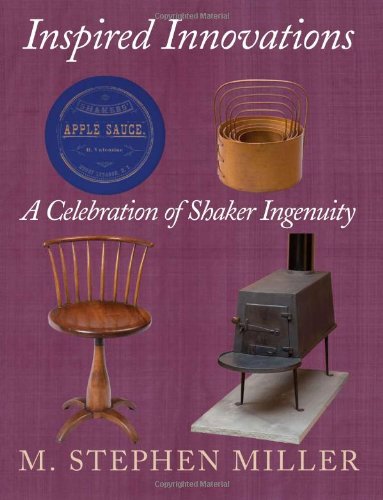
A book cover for Inspired Innovations: A Celebration of Shaker Ingenuity; M. Stephen Miller; Christian Books & Bibles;